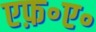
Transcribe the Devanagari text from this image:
एफ़॰ए॰